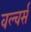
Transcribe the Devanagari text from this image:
वल्चर्स